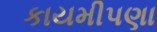
કાયમીપણા